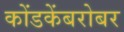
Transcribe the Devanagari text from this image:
कोंडकेंबरोबर